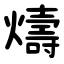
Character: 燽